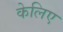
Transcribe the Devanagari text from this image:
केलिए